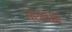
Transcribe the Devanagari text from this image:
जलवाए